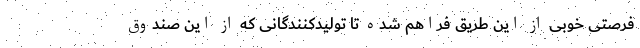
فرصتی خوبی از این طریق فراهم شده تا تولیدکنندگانی که از این صندوق